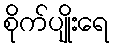
စိုက်ပျိုးရေ